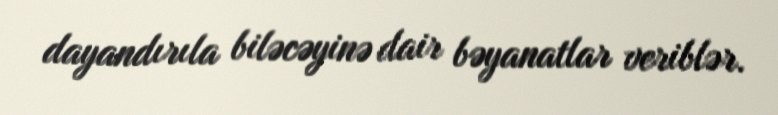
dayandırıla biləcəyinə dair bəyanatlar veriblər.